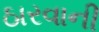
ઠારવાની